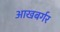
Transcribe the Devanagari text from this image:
आखबर्गर